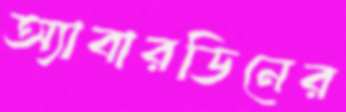
অ্যাবারডিনের